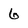
Character: 6